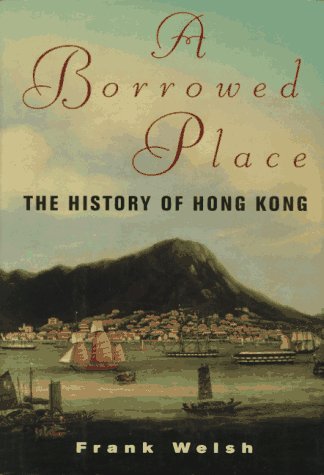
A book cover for A Borrowed Place: The History of Hong Kong; Frank Welsh; History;